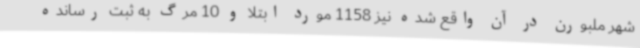
شهر ملبورن در آن واقع شده نیز 1158 مورد ابتلا و 10 مرگ به ثبت رسانده